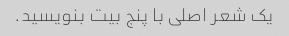
یک شعر اصلی با پنج بیت بنویسید.